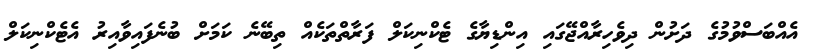
އެއްބަސްވުމުގެ ދަށުން ދިވެހިރާއްޖޭގައި އިންޑިޔާގެ ޓެކްނިކަލް ފަރާތްތަކެއް ތިބޭނެ ކަމަށް ބުނެފައިވާއިރު އެޓެކްނިކަލް